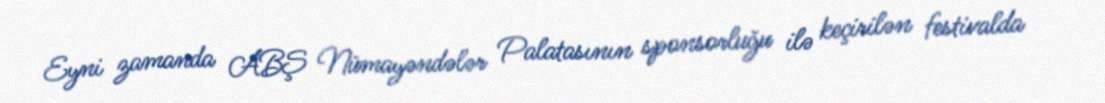
Eyni zamanda ABŞ Nümayəndələr Palatasının sponsorluğu ilə keçirilən festivalda